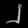
Digit: ၂